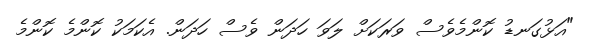
"އަޅުގަނޑު ކޮންމެވެސް ވަރަކަށް ލަވަ ހަދަން ވެސް ހަދަން. އެކަމަކު ކޮންމެ ކޮންމެ